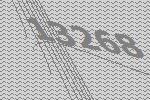
13268